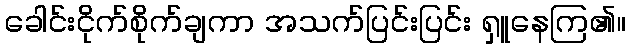
ခေါင်းငိုက်စိုက်ချကာ အသက်ပြင်းပြင်း ရှူနေကြ၏။